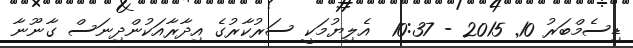
ޑިސެމްބަރު 10